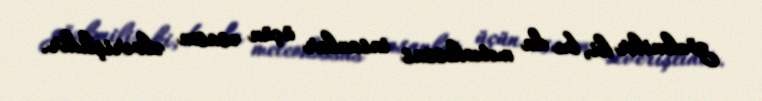
gözlənilir ki, bu da meteohəssas insanlar üçün əsasən əlverişlidir.